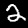
Digit: 2